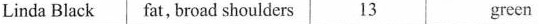
Linda Black fat, broad shoulders 13 green